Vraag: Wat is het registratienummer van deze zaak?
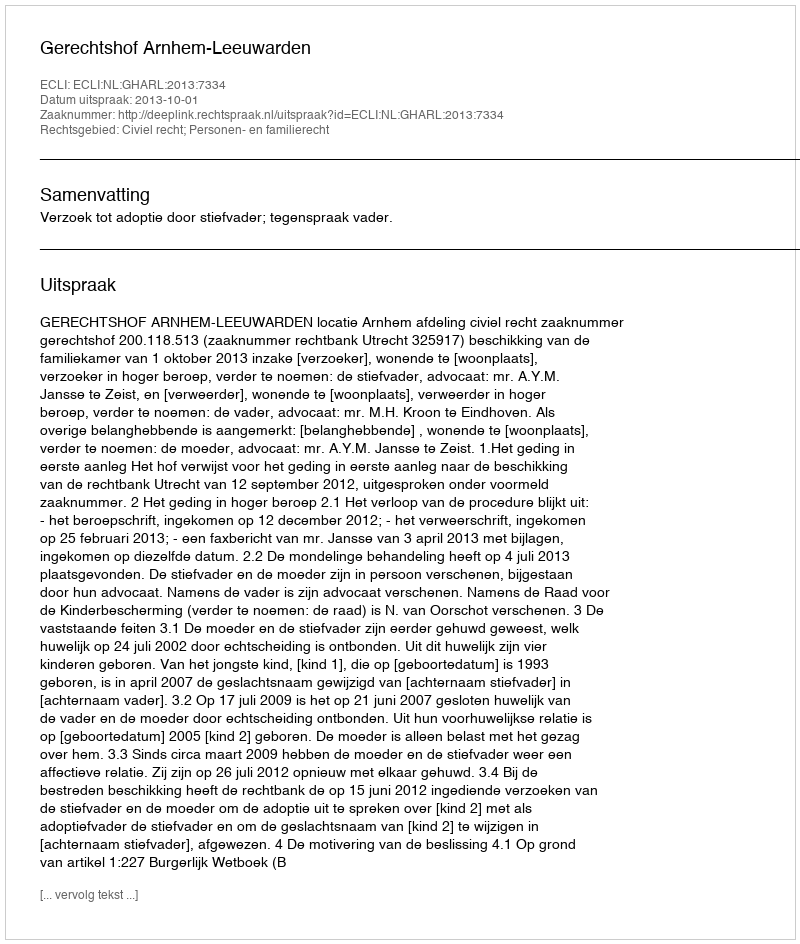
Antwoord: http://deeplink.rechtspraak.nl/uitspraak?id=ECLI:NL:GHARL:2013:7334